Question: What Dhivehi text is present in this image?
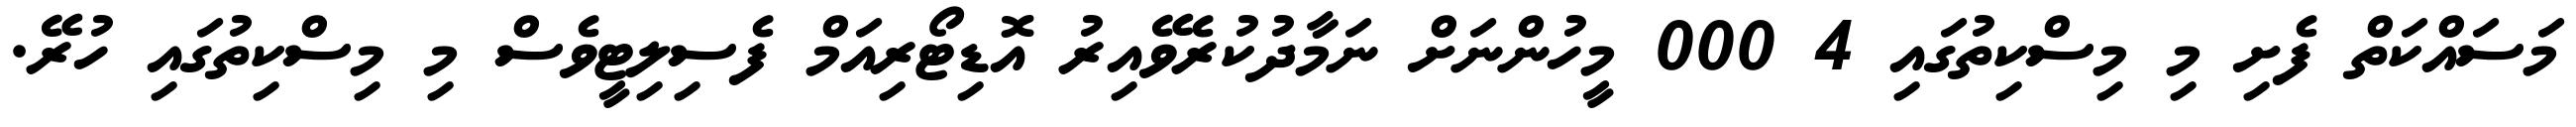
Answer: މަސައްކަތް ފެށި މި މިސްކިތުގައި 4 000 މީހުންނަށް ނަމާދުކުރެވޭއިރު އޮޑިޓޯރިއަމް ފެސިލިޓީވެސް މި މިސްކިތުގައި ހުރޭ.